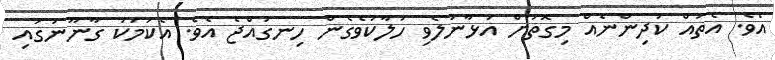
އެވެ. އެތައް ކުދިންނެއް މިގޮތަށް އަޅާނުލެވި ހަލާކުވެގެން ހިނގައްޖެ އެވެ. އެކަމަކު ގާނޫނުގައި